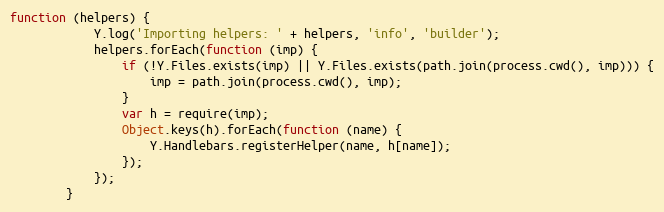
Language: JavaScript
function (helpers) {
            Y.log('Importing helpers: ' + helpers, 'info', 'builder');
            helpers.forEach(function (imp) {
                if (!Y.Files.exists(imp) || Y.Files.exists(path.join(process.cwd(), imp))) {
                    imp = path.join(process.cwd(), imp);
                }
                var h = require(imp);
                Object.keys(h).forEach(function (name) {
                    Y.Handlebars.registerHelper(name, h[name]);
                });
            });
        }